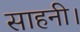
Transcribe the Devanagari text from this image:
साहनी।